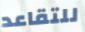
للتقاعد